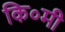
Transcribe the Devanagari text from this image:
कि०मी